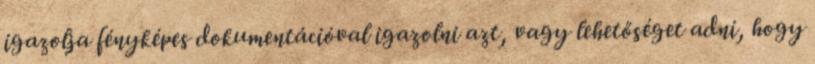
igazolja fényképes dokumentációval igazolni azt, vagy lehetőséget adni, hogy